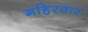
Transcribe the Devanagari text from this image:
गहिरवार